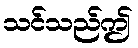
သင်သည်ဤ